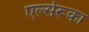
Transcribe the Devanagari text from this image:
एर्ल्सरूका